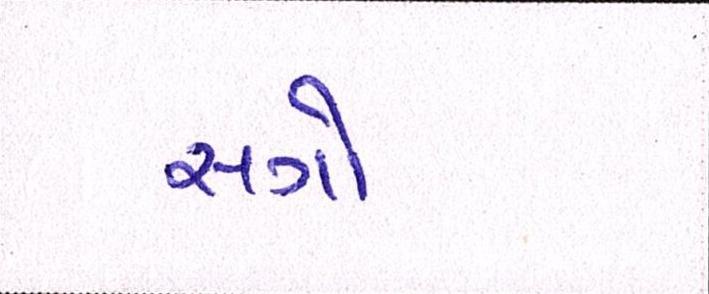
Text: સગો